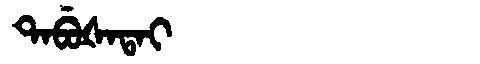
Manchu: ᡨᠠᠪᡠᡧᠠᡨᠠᡳ
Romanization: TABUŠATAI